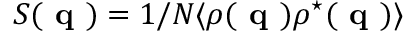
S ( \textbf { q } ) = 1 / N \langle \rho ( \textbf { q } ) \rho ^ { \star } ( \textbf { q } ) \rangle